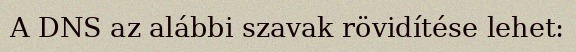
A DNS az alábbi szavak rövidítése lehet: